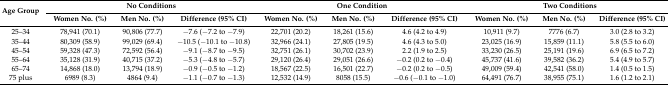
<table><thead><tr><td rowspan="2"><b>Age Group</b></td><td colspan="3"><b>No Conditions</b></td><td colspan="3"><b>One Condition</b></td><td colspan="3"><b>Two Conditions</b></td></tr><tr><td><b>Women No. (%)</b></td><td><b>Men No. (%)</b></td><td><b>Difference (95% CI)</b></td><td><b>Women No. (%)</b></td><td><b>Men No. (%)</b></td><td><b>Difference (95% CI)</b></td><td><b>Women No. (%)</b></td><td><b>Men No. (%)</b></td><td><b>Difference (95% CI)</b></td></tr></thead><tbody><tr><td>25–34</td><td>78,941 (70.1)</td><td>90,806 (77.7)</td><td>−7.6 (−7.2 to −7.9)</td><td>22,701 (20.2)</td><td>18,261 (15.6)</td><td>4.6 (4.2 to 4.9)</td><td>10,911 (9.7)</td><td>7776 (6.7)</td><td>3.0 (2.8 to 3.2)</td></tr><tr><td>35–44</td><td>80,309 (58.9)</td><td>99,029 (69.4)</td><td>−10.5 (−10.1 to −10.8)</td><td>32,966 (24.1)</td><td>27,805 (19.5)</td><td>4.6 (4.3 to 5.0)</td><td>23,025 (16.9)</td><td>15,859 (11.1)</td><td>5.8 (5.5 to 6.0)</td></tr><tr><td>45–54</td><td>59,328 (47.3)</td><td>72,592 (56.4)</td><td>−9.1 (−8.7 to −9.5)</td><td>32,751 (26.1)</td><td>30,702 (23.9)</td><td>2.2 (1.9 to 2.5)</td><td>33,230 (26.5)</td><td>25,191 (19.6)</td><td>6.9 (6.5 to 7.2)</td></tr><tr><td>55–64</td><td>35,128 (31.9)</td><td>40,715 (37.2)</td><td>−5.3 (−4.8 to −5.7)</td><td>29,120 (26.4)</td><td>29,051 (26.6)</td><td>−0.2 (0.2 to −0.4)</td><td>45,737 (41.6)</td><td>39,582 (36.2)</td><td>5.4 (4.9 to 5.7)</td></tr><tr><td>65–74</td><td>14,868 (18.0)</td><td>13,794 (18.9)</td><td>−0.9 (−0.5 to −1.2)</td><td>18,567 (22.5)</td><td>16,501 (22.7)</td><td>−0.2 (0.2 to −0.5)</td><td>49,009 (59.4)</td><td>42,541 (58.0)</td><td>1.4 (0.5 to 1.5)</td></tr><tr><td>75 plus</td><td>6989 (8.3)</td><td>4864 (9.4)</td><td>−1.1 (−0.7 to −1.3)</td><td>12,532 (14.9)</td><td>8058 (15.5)</td><td>−0.6 (−0.1 to −1.0)</td><td>64,491 (76.7)</td><td>38,955 (75.1)</td><td>1.6 (1.2 to 2.1)</td></tr></tbody></table>